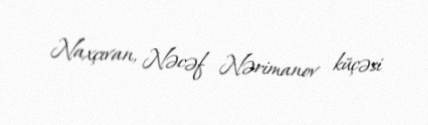
Naxçıvan, Nəcəf Nərimanov küçəsi